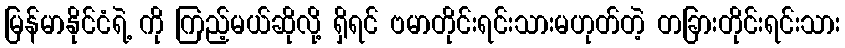
မြန်မာနိုင်ငံရဲ့ ကို ကြည့်မယ်ဆိုလို့ ရှိရင် ဗမာတိုင်းရင်းသားမဟုတ်တဲ့ တခြားတိုင်းရင်းသား